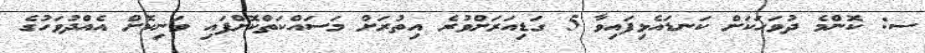
ސ: ކޮންމެ ދުވަހަކަށް ކަނޑައެޅިފައިވާ 5 ގަޑިއަރަށްވުރެ އިތުރަށް މަސައްކަތްކޮށްފައި ވަނިކޮށް އެއްދުވަހުގެ